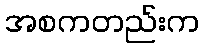
အစကတည်းက